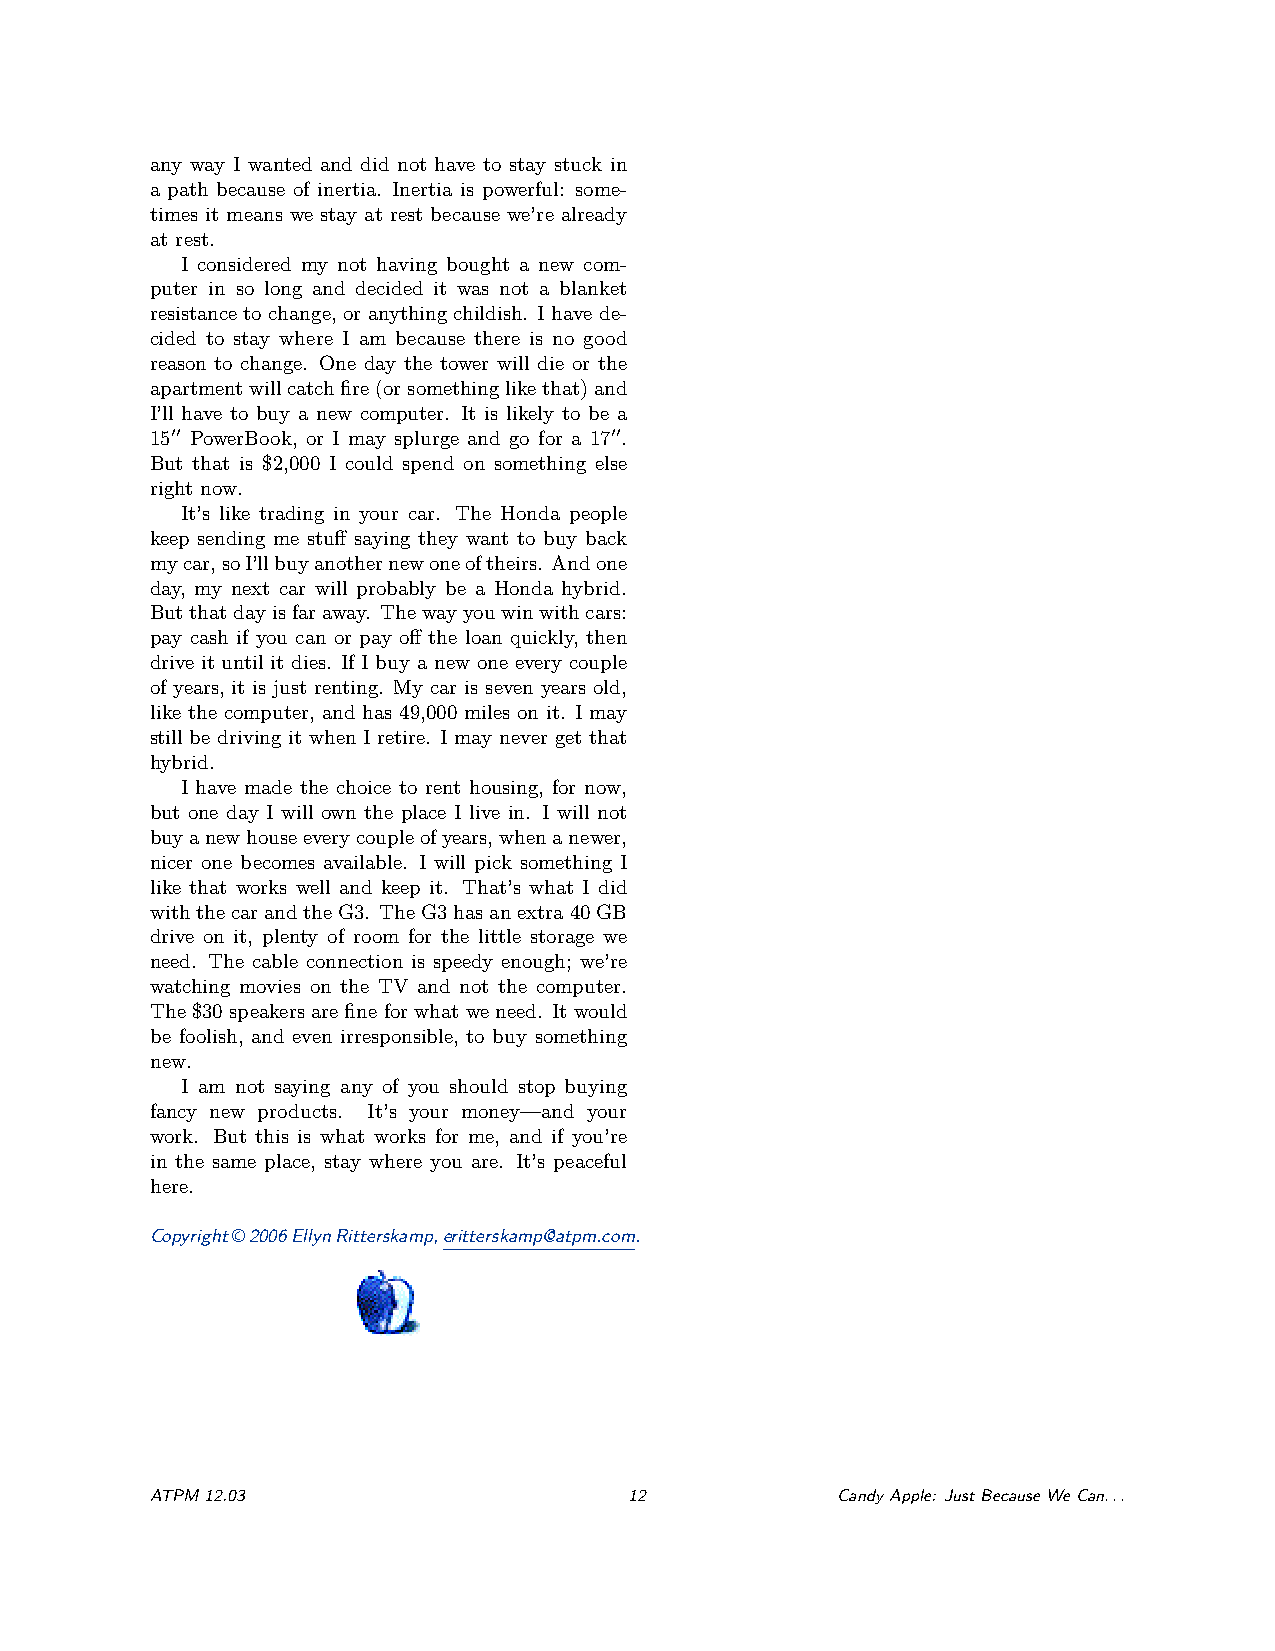
any way I wanted and did not have to stay stuck in
 a path because of inertia. Inertia is powerful: some-
 times it means we stay at rest because we’re already
 at rest.
 I considered my not having bought a new com-
 puter in so long and decided it was not a blanket
 resistance to change, or anything childish. I have de-
 cided to stay where I am because there is no good
 reason to change. One day the tower will die or the
 apartmentwillcatchfire(orsomethinglikethat)and
 I’ll have to buy a new computer. It is likely to be a
 1500 PowerBook, or I may splurge and go for a 1700.
 But that is $2,000 I could spend on something else
 right now.
 It’s like trading in your car. The Honda people
 keep sending me stuff saying they want to buy back
 mycar,soI’llbuyanothernewoneoftheirs. Andone
 day, my next car will probably be a Honda hybrid.
 Butthatdayisfaraway. Thewayyouwinwithcars:
 pay cash if you can or pay off the loan quickly, then
 drive it until it dies. If I buy a new one every couple
 of years, it is just renting. My car is seven years old,
 like the computer, and has 49,000 miles on it. I may
 still be driving it when I retire. I may never get that
 hybrid.
 I have made the choice to rent housing, for now,
 but one day I will own the place I live in. I will not
 buyanewhouseeverycoupleofyears,whenanewer,
 nicer one becomes available. I will pick something I
 like that works well and keep it. That’s what I did
 withthecarandtheG3. TheG3hasanextra40GB
 drive on it, plenty of room for the little storage we
 need. The cable connection is speedy enough; we’re
 watching movies on the TV and not the computer.
 The$30speakersarefineforwhatweneed. Itwould
 be foolish, and even irresponsible, to buy something
 new.
 I am not saying any of you should stop buying
 fancy new products. It’s your money—and your
 work. But this is what works for me, and if you’re
 in the same place, stay where you are. It’s peaceful
 here.
 Copyright©2006EllynRitterskamp,eritterskamp@atpm.com.
 ATPM12.03                       12           CandyApple: JustBecauseWeCan...